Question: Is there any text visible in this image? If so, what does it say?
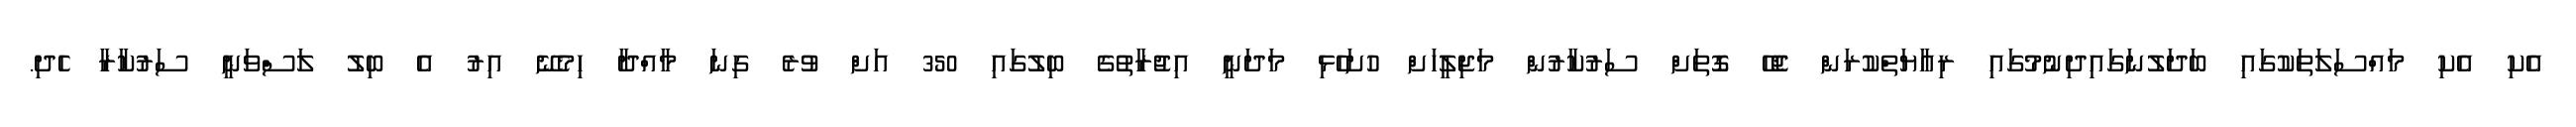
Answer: އެކި އެކި މައްސަލަތަކުގައި ބަދަލުނަގައިދިނުމުގައި ރިއާޔަތްކުރަން ޖެހޭ ގޮތަށް ސަރުކާރުން މަޖިލީހަށް ހުށަހެޅި މަދަނީ އިޖުރާތުގެ ބިލުގައި 350 އަށް ވުރެ ގިނަ މާއްދާ ހިމެނޭ އިރު އެ ބިލު ލަސްވަނީ ސަރުކާރާ ހެދި.